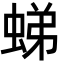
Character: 𧋘